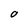
Character: O